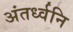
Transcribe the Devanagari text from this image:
अंतर्ध्वनि